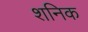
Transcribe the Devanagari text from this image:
शनिक